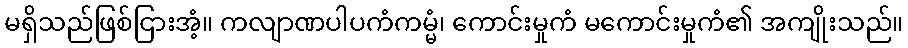
မရှိသည်ဖြစ်ငြားအံ့။ ကလျာဏပါပကံကမ္မံ၊ ကောင်းမှုကံ မကောင်းမှုကံ၏ အကျိုးသည်။